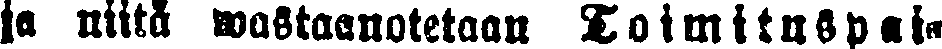
ja niitä wastaanotetaan Toimituspai-